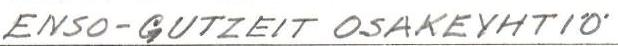
ENSO-GUTZEIT OSAKEYHTIÖ